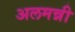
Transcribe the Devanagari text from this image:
अलमन्नी